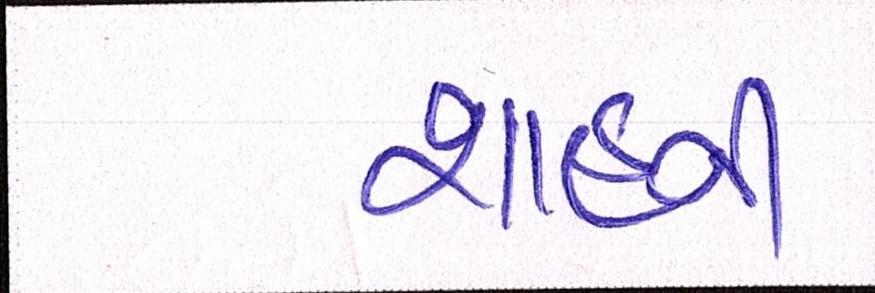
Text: શાહની